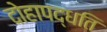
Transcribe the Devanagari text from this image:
दोहापद्धति